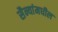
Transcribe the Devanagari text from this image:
सैन्यांमधील